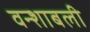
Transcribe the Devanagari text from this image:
वन्शाबली